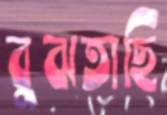
বুঝতাছি